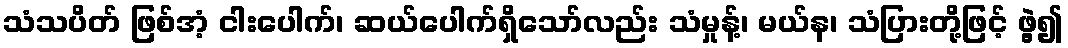
သံသပိတ် ဖြစ်အံ့ ငါးပေါက်၊ ဆယ်ပေါက်ရှိသော်လည်း သံမှုန့်၊ မယ်န၊ သံပြားတို့ဖြင့် ဖွဲ့၍